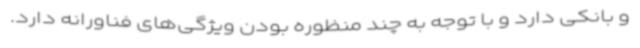
و بانکی دارد و با توجه به چند منظوره بودن ویژگی‌های فناورانه دارد.